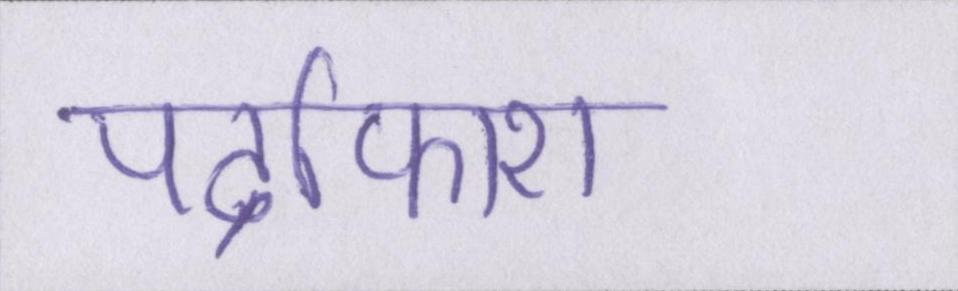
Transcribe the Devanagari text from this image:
पर्दाफाश